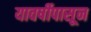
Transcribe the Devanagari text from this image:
यावर्षीपासून